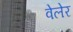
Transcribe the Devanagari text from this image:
वेलेर